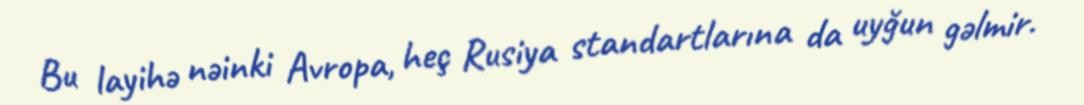
Bu layihə nəinki Avropa, heç Rusiya standartlarına da uyğun gəlmir.